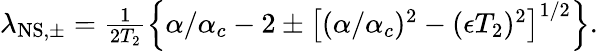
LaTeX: \begin{array}{r}{\lambda_{\mathrm{NS,\pm}}=\frac{1}{2T_{2}}\left\{ \alpha/\alpha_{c}-2\pm\left[(\alpha/\alpha_{c})^{2}-(\epsilon T_{2})^{2}\right]^{1/2}\right\} .}\end{array}